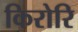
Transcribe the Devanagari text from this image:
किरोरि